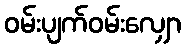
ဝမ်းပျက်ဝမ်းလျှော